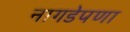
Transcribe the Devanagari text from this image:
नागडेपणा